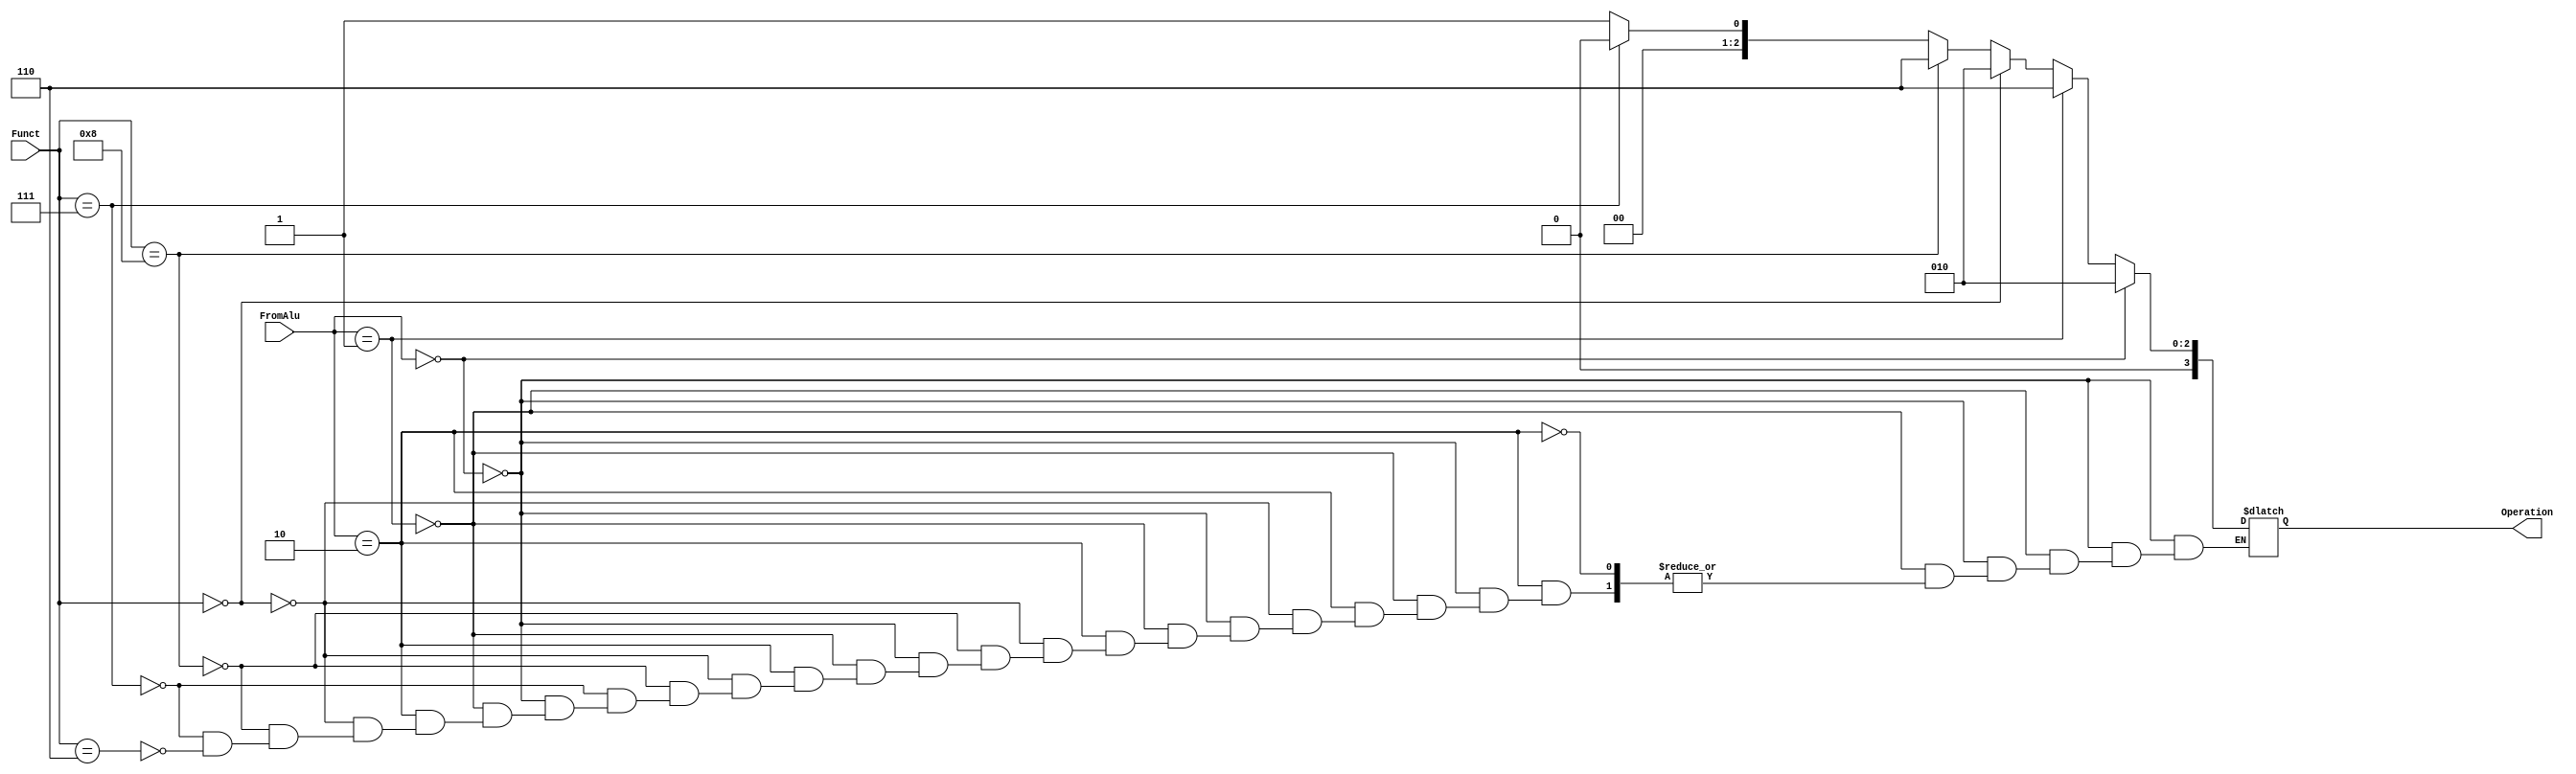
module ALU_Control
(
input [1:0] FromAlu,
input [3:0] Funct,
output reg [3:0] Operation


);

always @(*)
begin
	if (FromAlu == 2'b00)
		Operation = 4'b0010;
	else if (FromAlu == 2'b01)
		Operation = 4'b0110;
	else if (FromAlu == 2'b10)
	begin 
		if (Funct == 4'b0000)
			Operation = 4'b0010;
		else if (Funct == 4'b1000)
			Operation = 4'b0110;
		else if (Funct == 4'b0111)
			Operation = 4'b0000;
		else if (Funct == 4'b0110)
			Operation = 4'b0001;
	end

end
endmodule